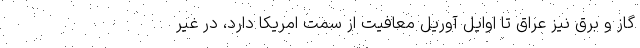
گاز و برق نیز عراق تا اوایل آوریل معافیت از سمت امریکا دارد، در غیر